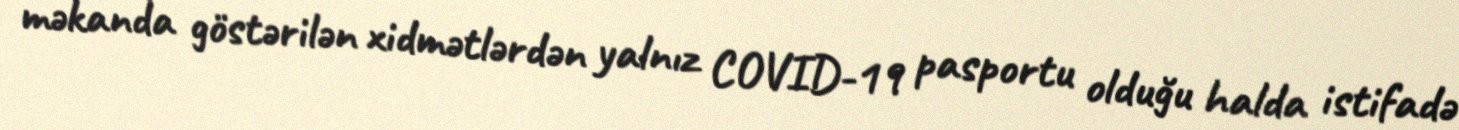
məkanda göstərilən xidmətlərdən yalnız COVID-19 pasportu olduğu halda istifadə